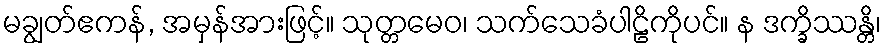
မချွတ်ဧကန်, အမှန်အားဖြင့်။ သုတ္တမေဝ၊ သက်သေခံပါဠိကိုပင်။ န ဒက္ခိဿန္တိ၊